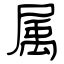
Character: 属